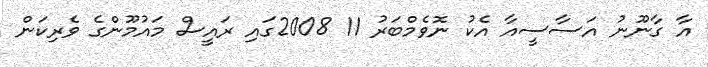
އާ ގާނޫނު އަސާސީއާ އެކު ނޮވެމްބަރު 11 2008ގައި ރައީސް މައުމޫންގެ ވެރިކަން